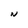
Character: N